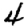
Digit: 4